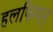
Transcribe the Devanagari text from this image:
हलफियन्